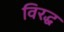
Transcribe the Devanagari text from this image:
विरद्ध